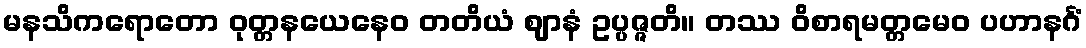
မနသိကရောတော ဝုတ္တနယေနေဝ တတိယံ ဈာနံ ဥပ္ပဇ္ဇတိ။ တဿ ဝိစာရမတ္တမေဝ ပဟာနင်္ဂံ